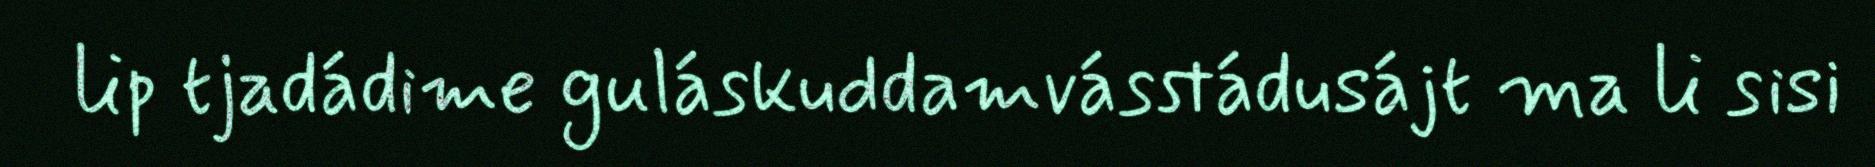
lip tjadádime guláskuddamvásstádusájt ma li sisi